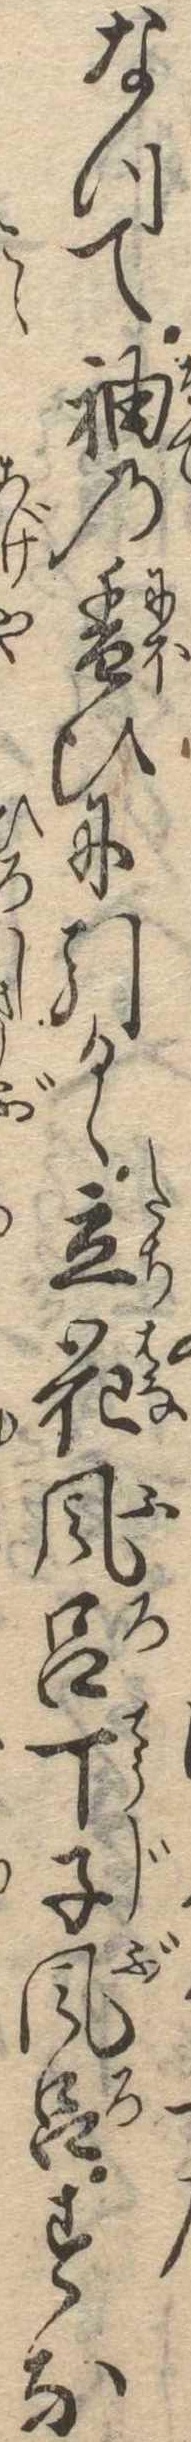
なつて袖の香ひに引るゝ立花風呂丁子風呂すな